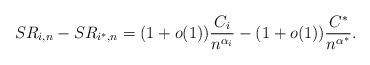
LaTeX: \begin{align*}SR_{i,n} -SR_{i^*,n} = (1+o(1))\frac {C_i} {n^{\alpha_i}} - (1+o(1))\frac {C^*} {n^{\alpha^{*}}}.\end{align*}